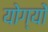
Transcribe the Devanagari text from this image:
योग्यों